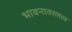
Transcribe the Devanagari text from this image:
भावनातरलत्व